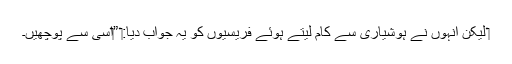
‏ لیکن اُنہوں نے ہوشیاری سے کام لیتے ہوئے فریسیوں کو یہ جواب دیا:‏ ”‏اِسی سے پوچھیں۔